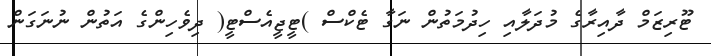
ޓޫރިޒަމް ދާއިރާގެ މުދަލާއި ހިދުމަތުން ނަގާ ޓެކްސް )ޓީޖީއެސްޓީ( ދިވެހިންގެ އަތުން ނުނަގަން